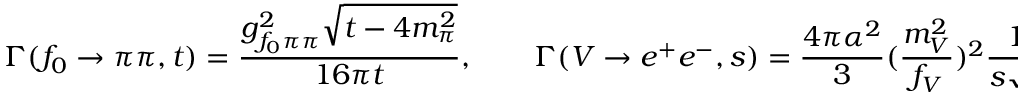
\Gamma ( f _ { 0 } \to \pi \pi , t ) = \frac { g _ { f _ { 0 } \pi \pi } ^ { 2 } \sqrt { t - 4 m _ { \pi } ^ { 2 } } } { 1 6 \pi t } , \qquad \Gamma ( V \to e ^ { + } e ^ { - } , s ) = \frac { 4 \pi \alpha ^ { 2 } } { 3 } ( \frac { m _ { V } ^ { 2 } } { f _ { V } } ) ^ { 2 } \frac { 1 } { s \sqrt { s } } .